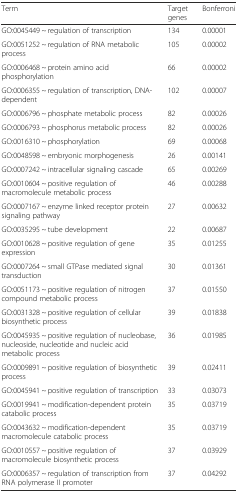
<table><thead><tr><td><b>Term</b></td><td><b>Target genes</b></td><td><b>Bonferroni</b></td></tr></thead><tbody><tr><td>GO:0045449 ~ regulation of transcription</td><td>134</td><td>0.00001</td></tr><tr><td>GO:0051252 ~ regulation of RNA metabolic process</td><td>105</td><td>0.00002</td></tr><tr><td>GO:0006468 ~ protein amino acid phosphorylation</td><td>66</td><td>0.00002</td></tr><tr><td>GO:0006355 ~ regulation of transcription, DNA-dependent</td><td>102</td><td>0.00007</td></tr><tr><td>GO:0006796 ~ phosphate metabolic process</td><td>82</td><td>0.00026</td></tr><tr><td>GO:0006793 ~ phosphorus metabolic process</td><td>82</td><td>0.00026</td></tr><tr><td>GO:0016310 ~ phosphorylation</td><td>69</td><td>0.00068</td></tr><tr><td>GO:0048598 ~ embryonic morphogenesis</td><td>26</td><td>0.00141</td></tr><tr><td>GO:0007242 ~ intracellular signaling cascade</td><td>65</td><td>0.00269</td></tr><tr><td>GO:0010604 ~ positive regulation of macromolecule metabolic process</td><td>46</td><td>0.00288</td></tr><tr><td>GO:0007167 ~ enzyme linked receptor protein signaling pathway</td><td>27</td><td>0.00632</td></tr><tr><td>GO:0035295 ~ tube development</td><td>22</td><td>0.00687</td></tr><tr><td>GO:0010628 ~ positive regulation of gene expression</td><td>35</td><td>0.01255</td></tr><tr><td>GO:0007264 ~ small GTPase mediated signal transduction</td><td>30</td><td>0.01361</td></tr><tr><td>GO:0051173 ~ positive regulation of nitrogen compound metabolic process</td><td>37</td><td>0.01550</td></tr><tr><td>GO:0031328 ~ positive regulation of cellular biosynthetic process</td><td>39</td><td>0.01838</td></tr><tr><td>GO:0045935 ~ positive regulation of nucleobase, nucleoside, nucleotide and nucleic acid metabolic process</td><td>36</td><td>0.01985</td></tr><tr><td>GO:0009891 ~ positive regulation of biosynthetic process</td><td>39</td><td>0.02411</td></tr><tr><td>GO:0045941 ~ positive regulation of transcription</td><td>33</td><td>0.03073</td></tr><tr><td>GO:0019941 ~ modification-dependent protein catabolic process</td><td>35</td><td>0.03719</td></tr><tr><td>GO:0043632 ~ modification-dependent macromolecule catabolic process</td><td>35</td><td>0.03719</td></tr><tr><td>GO:0010557 ~ positive regulation of macromolecule biosynthetic process</td><td>37</td><td>0.03929</td></tr><tr><td>GO:0006357 ~ regulation of transcription from RNA polymerase II promoter</td><td>37</td><td>0.04292</td></tr></tbody></table>